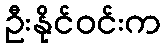
ဦးနိုင်ဝင်းက